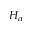
H _ { \alpha }